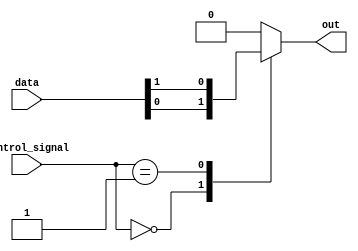
module multiplexer_1024_1 (
    input [1023:0] data,
    input [9:0] control_signal,
    output reg out
);

always @* begin
    case (control_signal)
        10'b0000000000: out = data[0];
        10'b0000000001: out = data[1];
        // Repeat for all 1024 input signals
        default: out = 1'b0; // default case
    endcase
end

endmodule